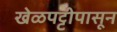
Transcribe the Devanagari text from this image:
खेळपट्टीपासून